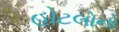
હોટલોનો